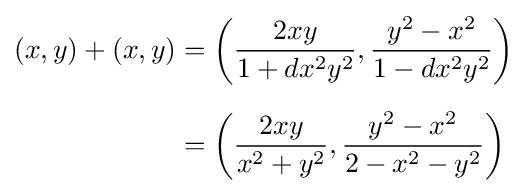
{\begin{aligned}(x,y)+(x,y)&=\left({\frac {2xy}{1+dx^{2}y^{2}}},{\frac {y^{2}-x^{2}}{1-dx^{2}y^{2}}}\right)\\[6pt]&=\left({\frac {2xy}{x^{2}+y^{2}}},{\frac {y^{2}-x^{2}}{2-x^{2}-y^{2}}}\right)\end{aligned}}